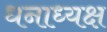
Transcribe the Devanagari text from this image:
धनाध्यक्ष